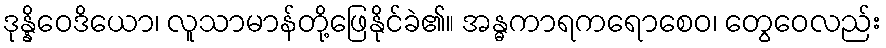
ဒုန္နိဝေဒိယော၊ လူသာမာန်တို့ဖြေနိုင်ခဲ၏။ အန္ဓကာရကရောစေဝ၊ တွေဝေလည်း